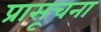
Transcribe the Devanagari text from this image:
प्रासूचना